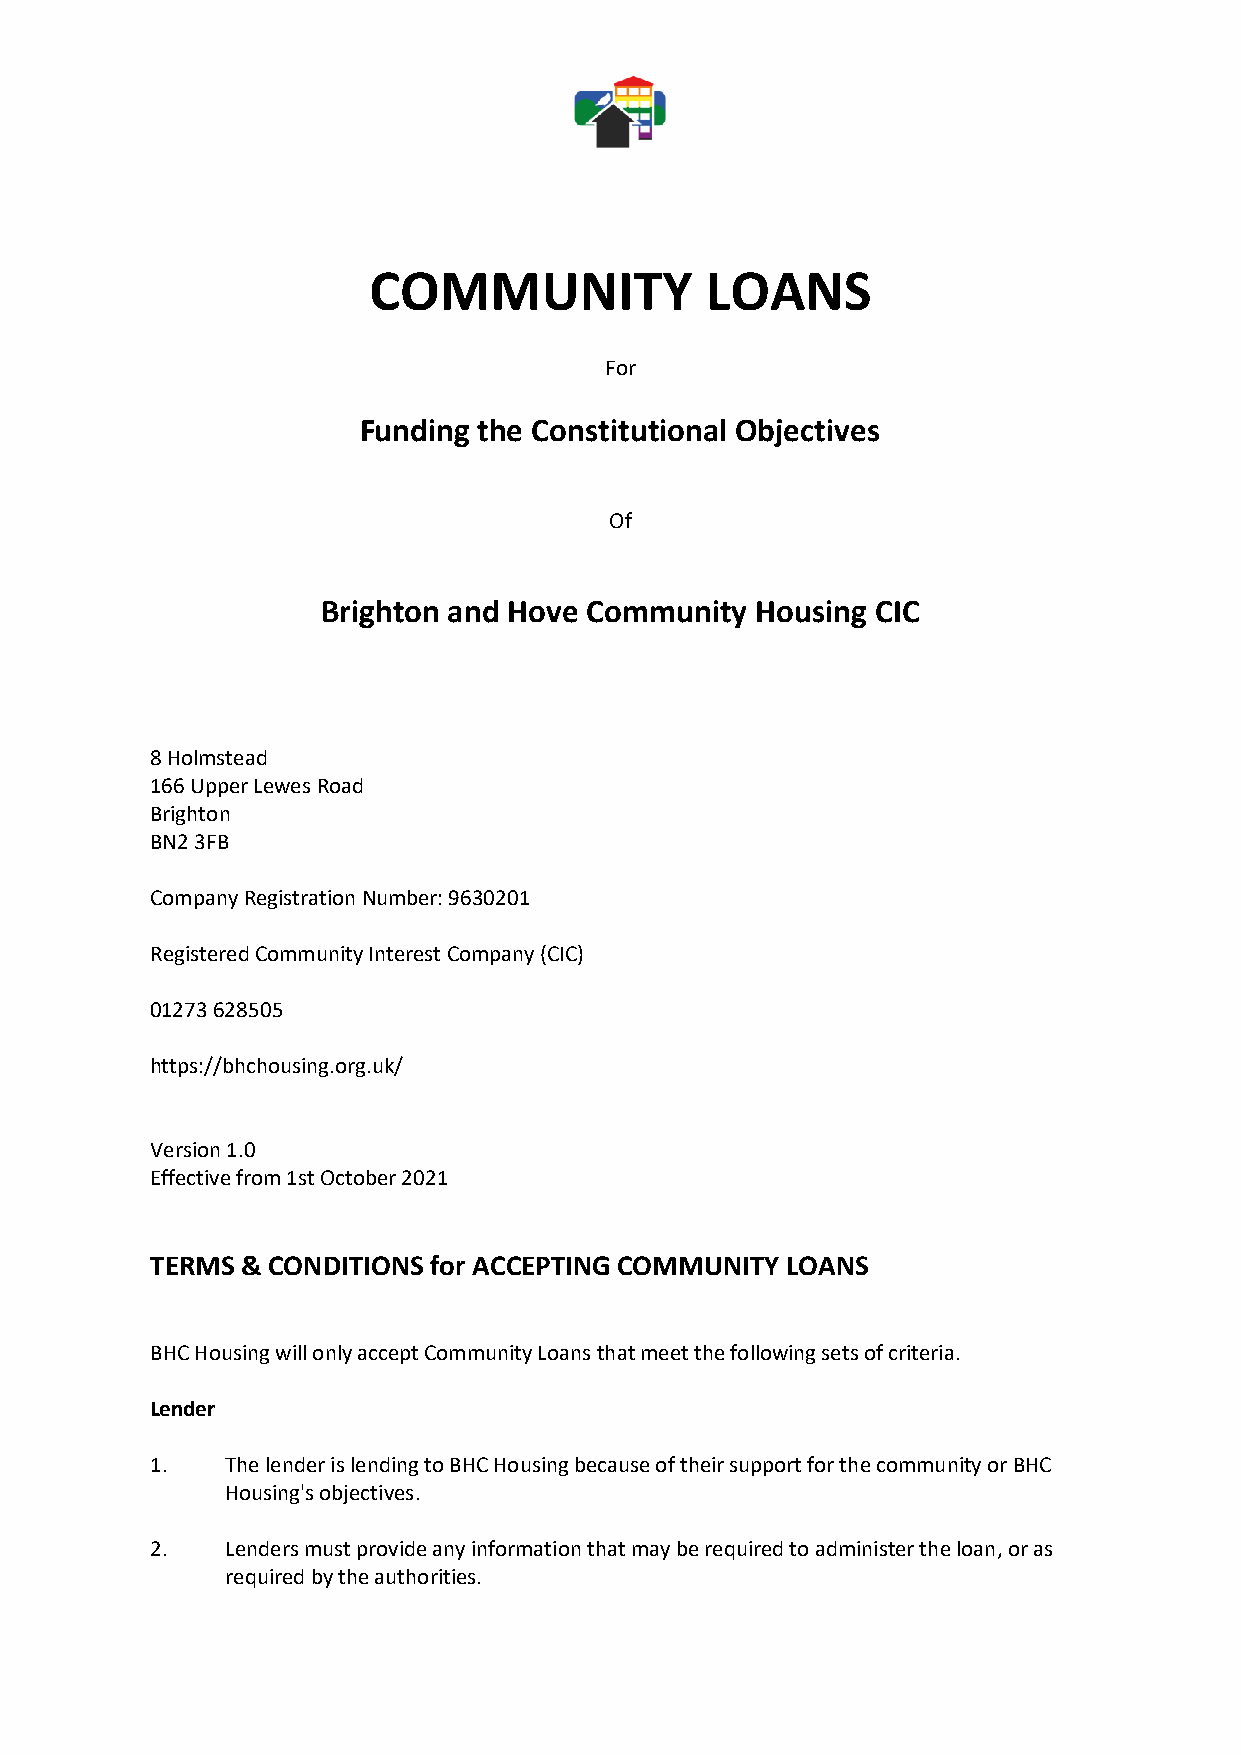
COMMUNITY              LOANS
 For
 Funding the Constitutional Objectives
 Of
 Brighton and Hove Community  Housing CIC
 8 Holmstead
 166 Upper Lewes Road
 Brighton
 BN2 3FB
 Company Registration Number: 9630201
 Registered Community Interest Company (CIC)
 01273 628505
 https://bhchousing.org.uk/
 Version 1.0
 Effective from 1st October 2021
 TERMS & CONDITIONS for ACCEPTING COMMUNITY LOANS
 BHC Housing will only accept Community Loans that meet the following sets of criteria.
 Lender
 1.   The lender is lending to BHC Housing because of their support for the community or BHC
 Housing's objectives.
 2.   Lenders must provide any information that may be required to administer the loan, or as
 required by the authorities.